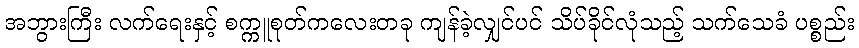
အဘွားကြီး လက်ရေးနှင့် စက္ကူစုတ်ကလေးတခု ကျန်ခဲ့လျှင်ပင် သိပ်ခိုင်လုံသည့် သက်သေခံ ပစ္စည်း